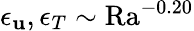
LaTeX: \epsilon_{\mathbf{u}},\epsilon_{T}\sim\mathrm{{Ra}}^{-0.20}